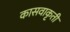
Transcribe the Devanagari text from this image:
कासवाकृती